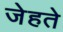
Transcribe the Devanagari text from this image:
जेहते